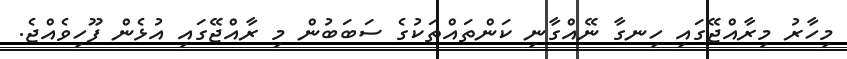
މިހާރު މިރާއްޖޭގައި ހިނގާ ނޭއްގާނި ކަންތައްތަކުގެ ސަބަބުން މި ރާއްޖޭގައި އުޅެން ފޫހިވެއްޖެ.